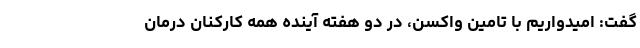
گفت: امیدواریم با تامین واکسن، در دو هفته آینده همه کارکنان درمان